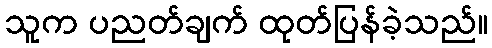
သူက ပညတ်ချက် ထုတ်ပြန်ခဲ့သည်။